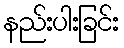
နည်းပါးခြင်း